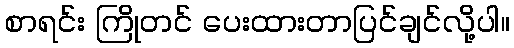
စာရင်း ကြိုတင် ပေးထားတာပြင်ချင်လို့ပါ။